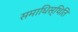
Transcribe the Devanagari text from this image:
समाधिस्थिति